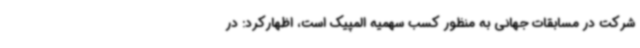
شرکت در مسابقات جهانی به منظور کسب سهمیه المپیک است، اظهارکرد: در